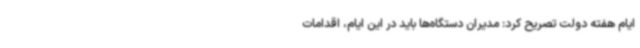
ایام هفته دولت تصریح کرد: مدیران دستگاه‌ها باید در این ایام، اقدامات